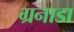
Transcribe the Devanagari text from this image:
ग्रनाडा